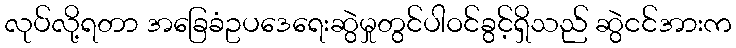
လုပ်လို့ရတာ အခြေခံဥပဒေရေးဆွဲမှုတွင်ပါဝင်ခွင့်ရှိသည် ဆွဲငင်အားက